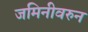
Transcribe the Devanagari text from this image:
जमिनीवरुन